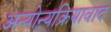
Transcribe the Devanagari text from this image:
अन्योन्यक्रियावाद